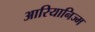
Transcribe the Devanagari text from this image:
आरियानिज्म